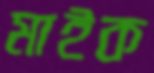
মাইক